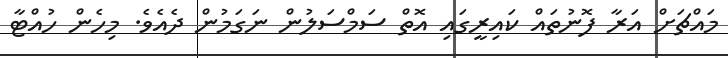
މައްޗަށް އަރާ ފޮނުތައް ކައިރީގައި އޮތް ސަމްސަލުން ނަގަމުން ދެއެވެ. މިހެން ހުއްޓާ